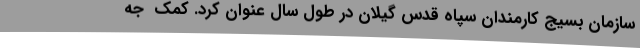
سازمان بسیج کارمندان سپاه قدس گیلان در طول سال عنوان کرد. کمک  جه